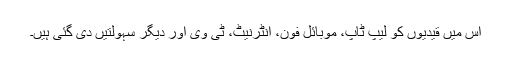
اس میں قیدیوں کو لیپ ٹاپ، موبائل فون، انٹرنیٹ، ٹی وی اور دیگر سہولتیں دی گئی ہیں۔